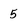
Character: 5